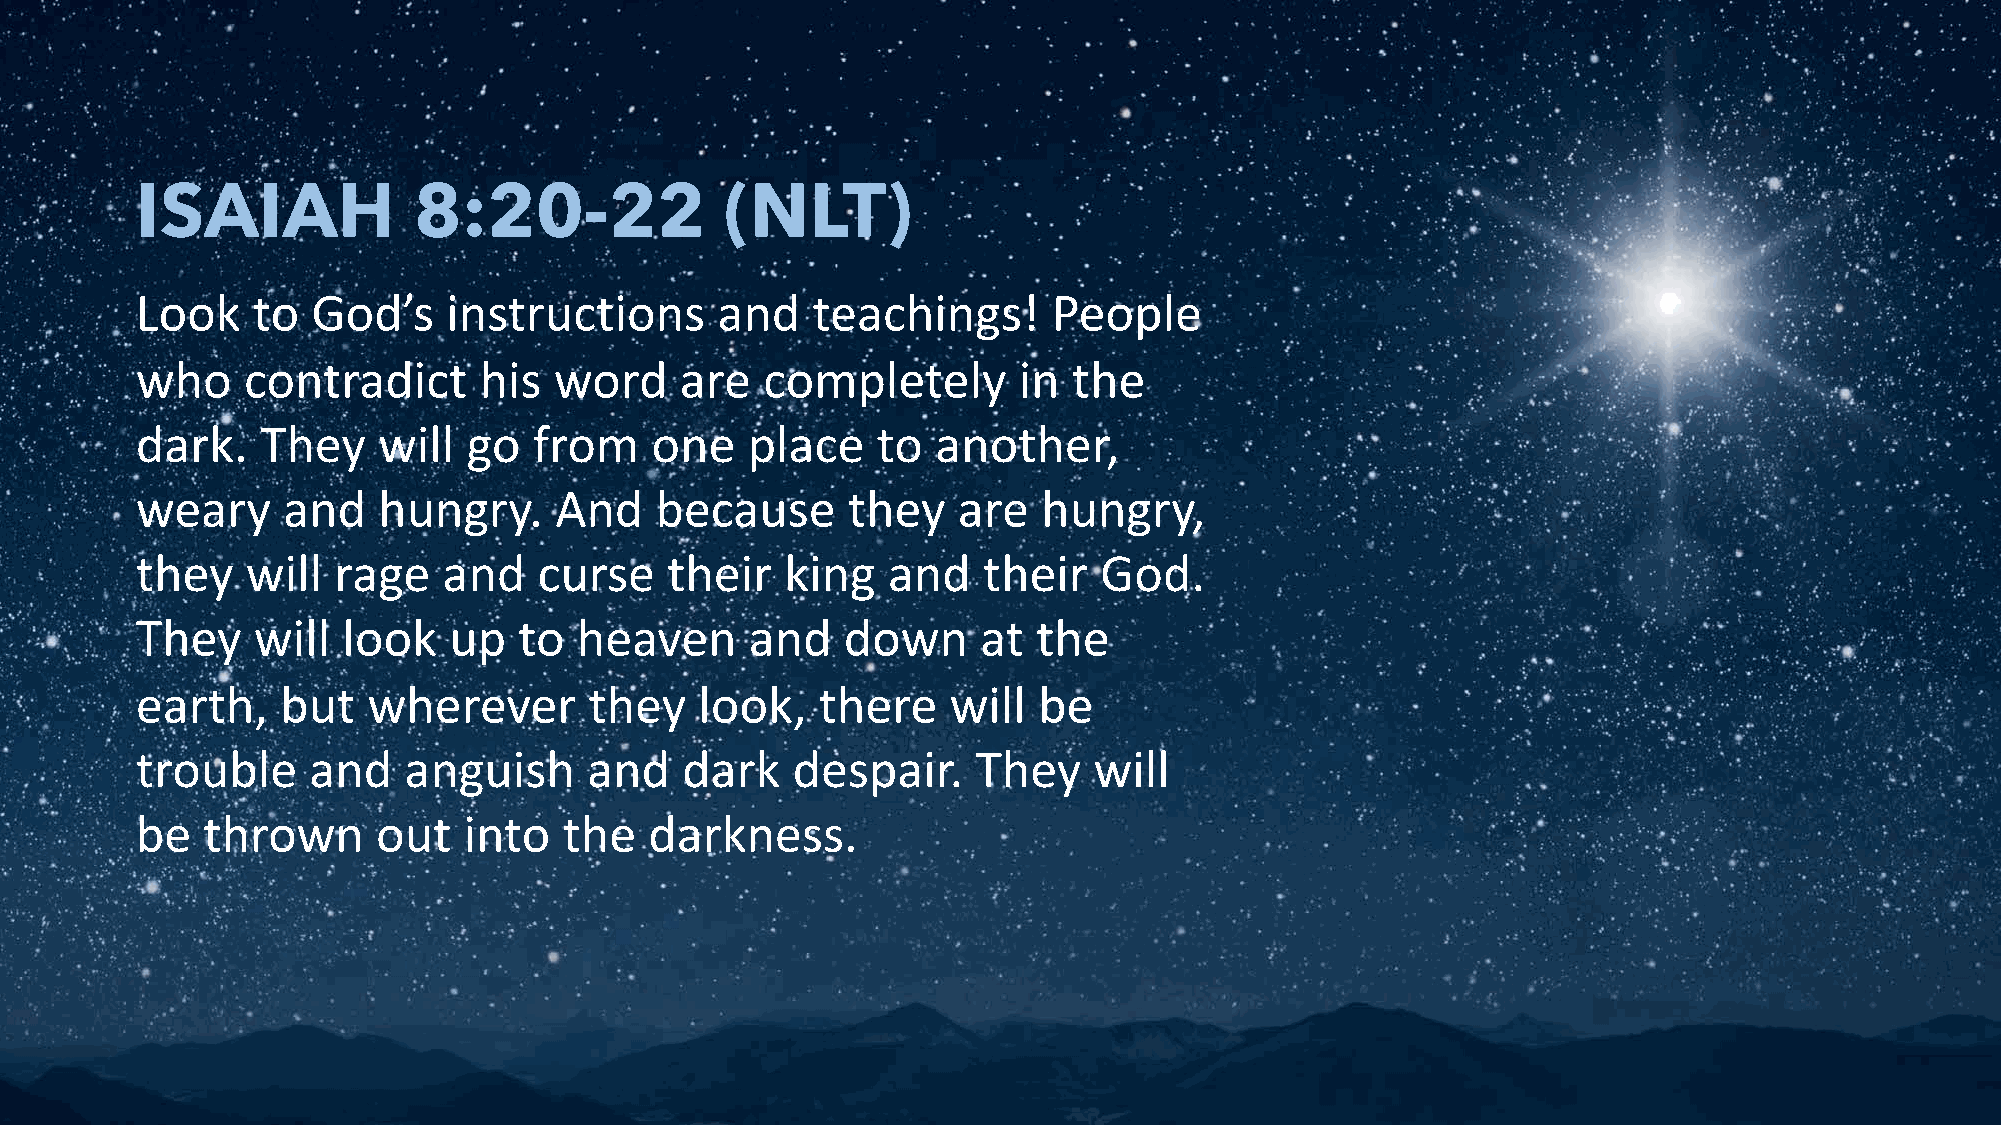
ISAIAH            8:20-22              (NLT)
 Look    to  God’s    instructions     and    teachings!      People
 who    contradict      his  word    are   completely      in  the
 dark.   They    will  go  from    one   place    to  another,
 weary     and   hungry.     And   because      they   are   hungry,
 they   will  rage   and    curse   their   king   and   their   God.
 They    will  look   up  to  heaven      and   down     at  the
 earth,    but  wherever       they   look,   there    will  be
 trouble    and    anguish     and   dark   despair.     They   will
 be  thrown      out   into  the   darkness.